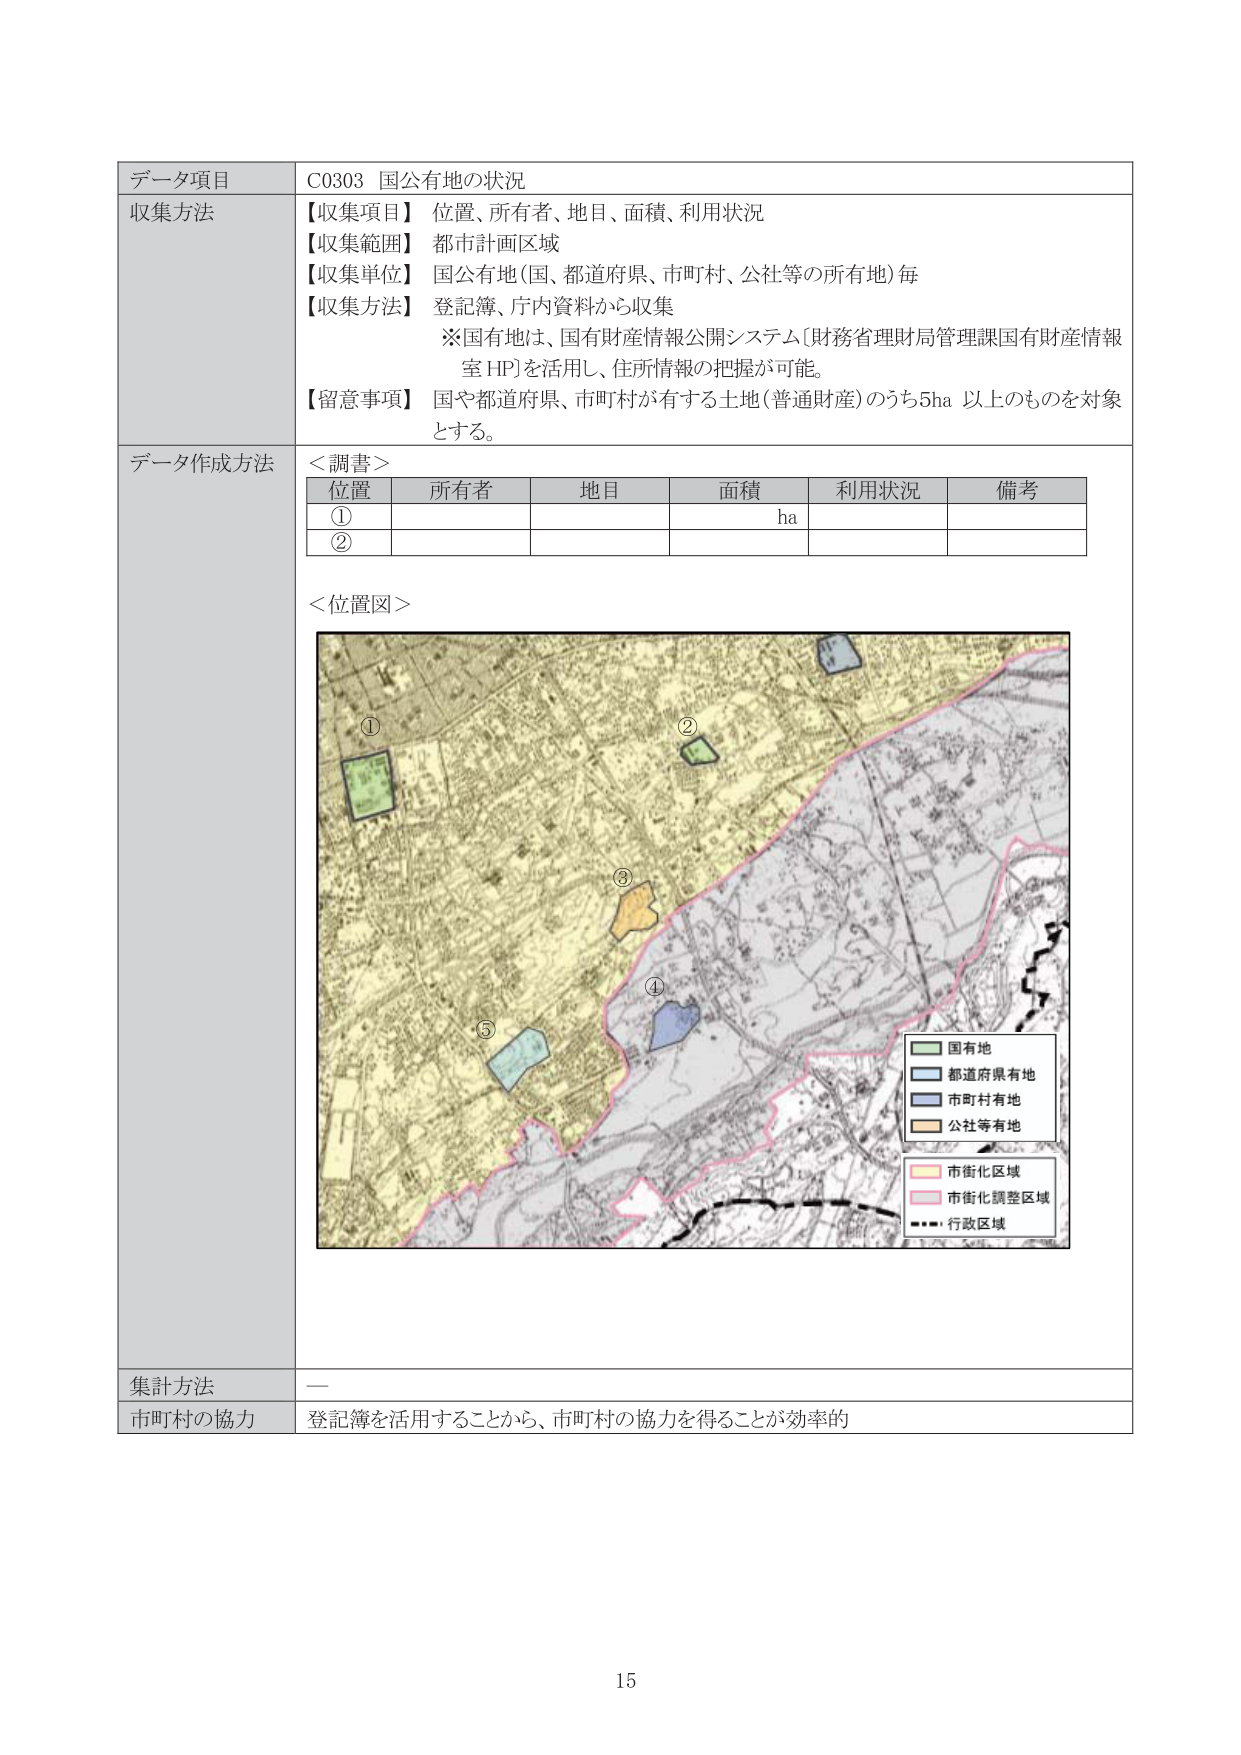
データ項目　C0303 国公有地の状況
収集方法
【収集項目】 位置、所有者、地目、面積、利用状況
【収集範囲】 都市計画区域
【収集単位】 国公有地（国、都道府県、市町村、公社等の所有地）毎
【収集方法】 登記簿、庁内資料から収集
※国有地は、国有財産情報公開システム（財務省理財局管理課国有財産情報室 HP）を活用し、住所情報の把握が可能。
【留意事項】 国や都道府県、市町村が有する土地（普通財産）のうち5ha 以上のものを対象とする。

データ作成方法
＜調書＞
位置　所有者　地目　面積　利用状況　備考
①　　　　　　　　　　ha
②　　　　　　　　　　

＜位置図＞
（地図内に①～⑤の番号が記載されている）
図例：
■ 国有地
■ 都道府県有地
■ 市町村有地
■ 公社等有地
■ 市街化区域
■ 市街化調整区域
■ 行政区域

集計方法　—
市町村の協力　登記簿を活用することから、市町村の協力を得ることが効率的

15